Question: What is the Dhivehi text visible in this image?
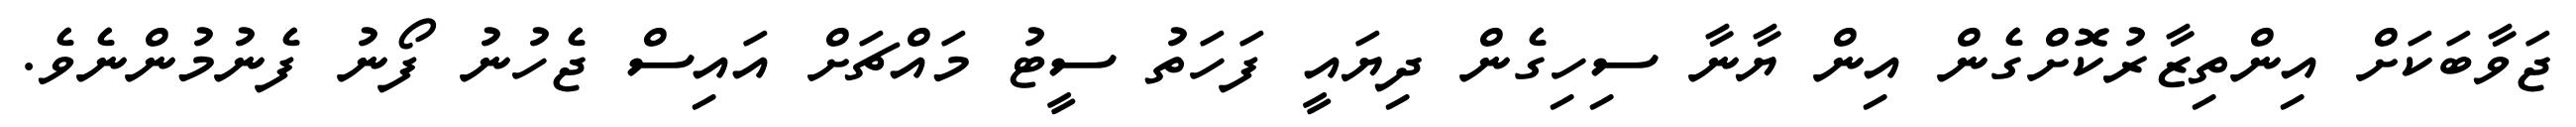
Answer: ޖަވާބަކަށް އިންތިޒާރުކޮށްގެން އިން ޔާނާ ސިހިގެން ދިޔައީ ފަހަތު ސީޓު މައްޗަށް އައިސް ޖެހުނު ފޯނު ފެނުމުންނެވެ.